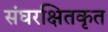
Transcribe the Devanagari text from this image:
संघरक्षितकृत